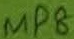
Text: MP8